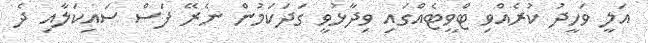
އަލީ ވަހީދު ކުރެއްވި ޓްވީޓެއްގައި ވިދާޅުވީ ގަދަކަމުން ނެރޭ ފަސް ސައިކަލާއި ދެ